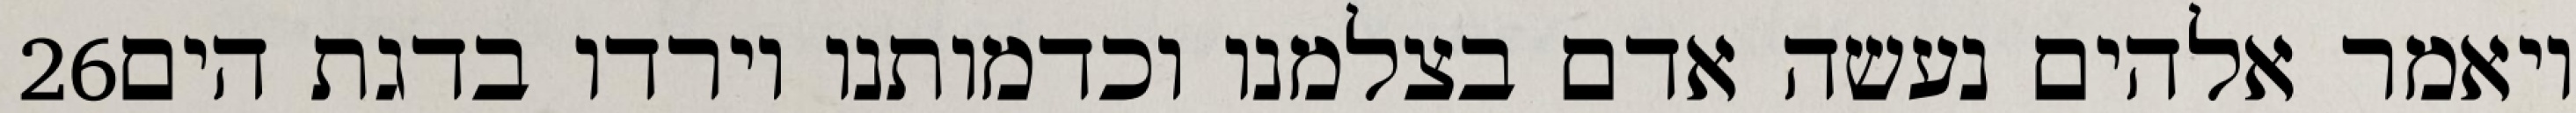
‎26‏ ויאמר אלהים נעשה אדם בצלמנו וכדמותנו וירדו בדגת הים